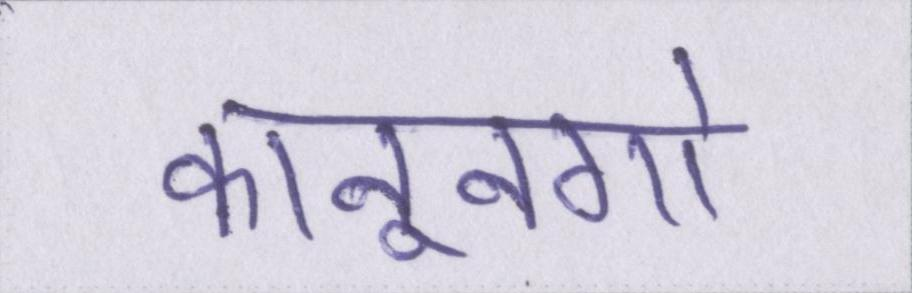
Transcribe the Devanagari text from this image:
कानूनगो